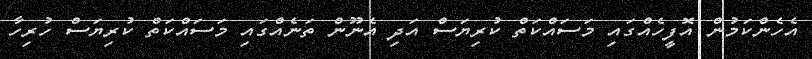
އެހެންކަމުން އޮފީހެއްގައި މަސައްކަތް ކުރިޔަސް އަދި އެނޫން ތަނެއްގައި މަސައްކަތް ކުރިޔަސް ހުރިހާ